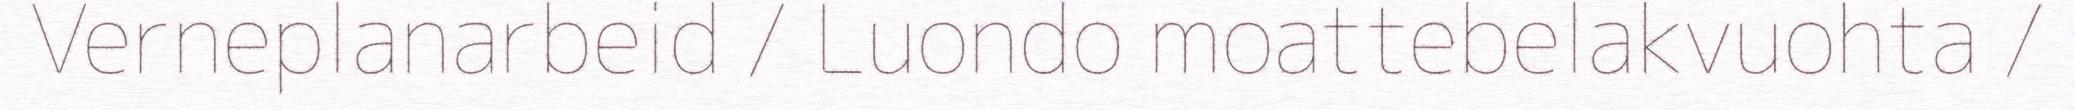
Verneplanarbeid / Luondo moattebelakvuohta /